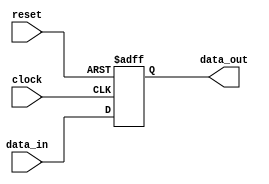
module synchronous_register (
    input wire clock,         // Clock input
    input wire reset,         // Asynchronous reset input
    input wire [7:0] data_in, // 8-bit data input
    output reg [7:0] data_out // 8-bit data output
);

// Sequential logic block triggered on the rising edge of the clock
always @(posedge clock or posedge reset) begin
    if (reset) begin
        // Reset the output to known state (0 in this case)
        data_out <= 8'b0; // Reset condition
    end else begin
        // Update the output with the input data
        data_out <= data_in; // State update on clock edge
    end
end

endmodule